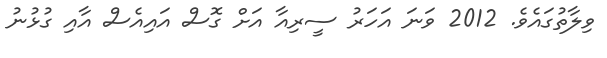
ވިލާތުގައެވެ. 2012 ވަނަ އަހަރު ސީރިއާ އަށް ގޮސް އައިއެސް އާއި ގުޅުނު